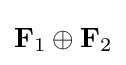
\mathbf {F} _{1}\oplus \mathbf {F} _{2}